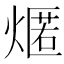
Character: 𤎐